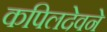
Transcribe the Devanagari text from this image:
कपिलदेवने